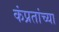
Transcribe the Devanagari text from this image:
कंप्रतांच्या